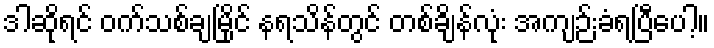
ဒါဆိုရင် ဝက်သစ်ချမြိုင် နရသိန်တွင် တစ်ချိန်လုံး အကျဉ်းခံရပြီပေါ့။